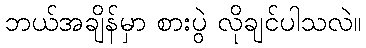
ဘယ်အချိန်မှာ စားပွဲ လိုချင်ပါသလဲ။